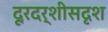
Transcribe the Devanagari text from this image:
दूरदर्शीसदृश